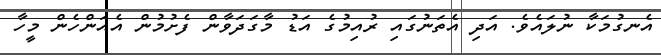
އެނގުމަކާ ނުލައެވެ. އަދި އެތަނުގައި ރުއިމުގެ އަޑު މާގަދަވާން ފެށުމުން އެއަންހެން މީހާ